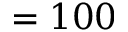
= 1 0 0